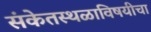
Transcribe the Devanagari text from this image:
संकेतस्थळाविषयीचा